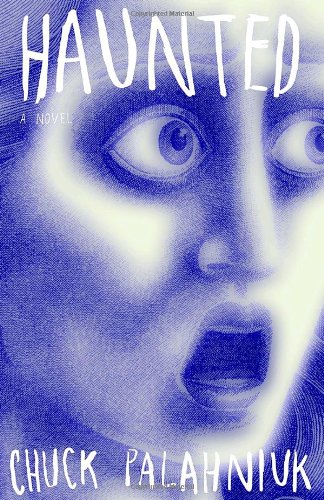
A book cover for Haunted: A Novel; Chuck Palahniuk; Literature & Fiction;